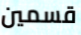
قسمين